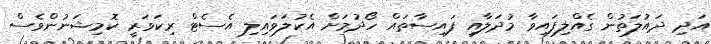
އަދި ދައުލަތުން ގެއްލިފައިވާ މުދަލާއި ފައިސާތައް ހޯދުމަށް އެކުލަވައިލި އެސެޓް ރިކަވަރީ ކޮމިޝަނުންވެސް